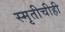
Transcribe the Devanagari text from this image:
स्मृतीचीही